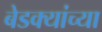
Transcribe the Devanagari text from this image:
बेडक्यांच्या